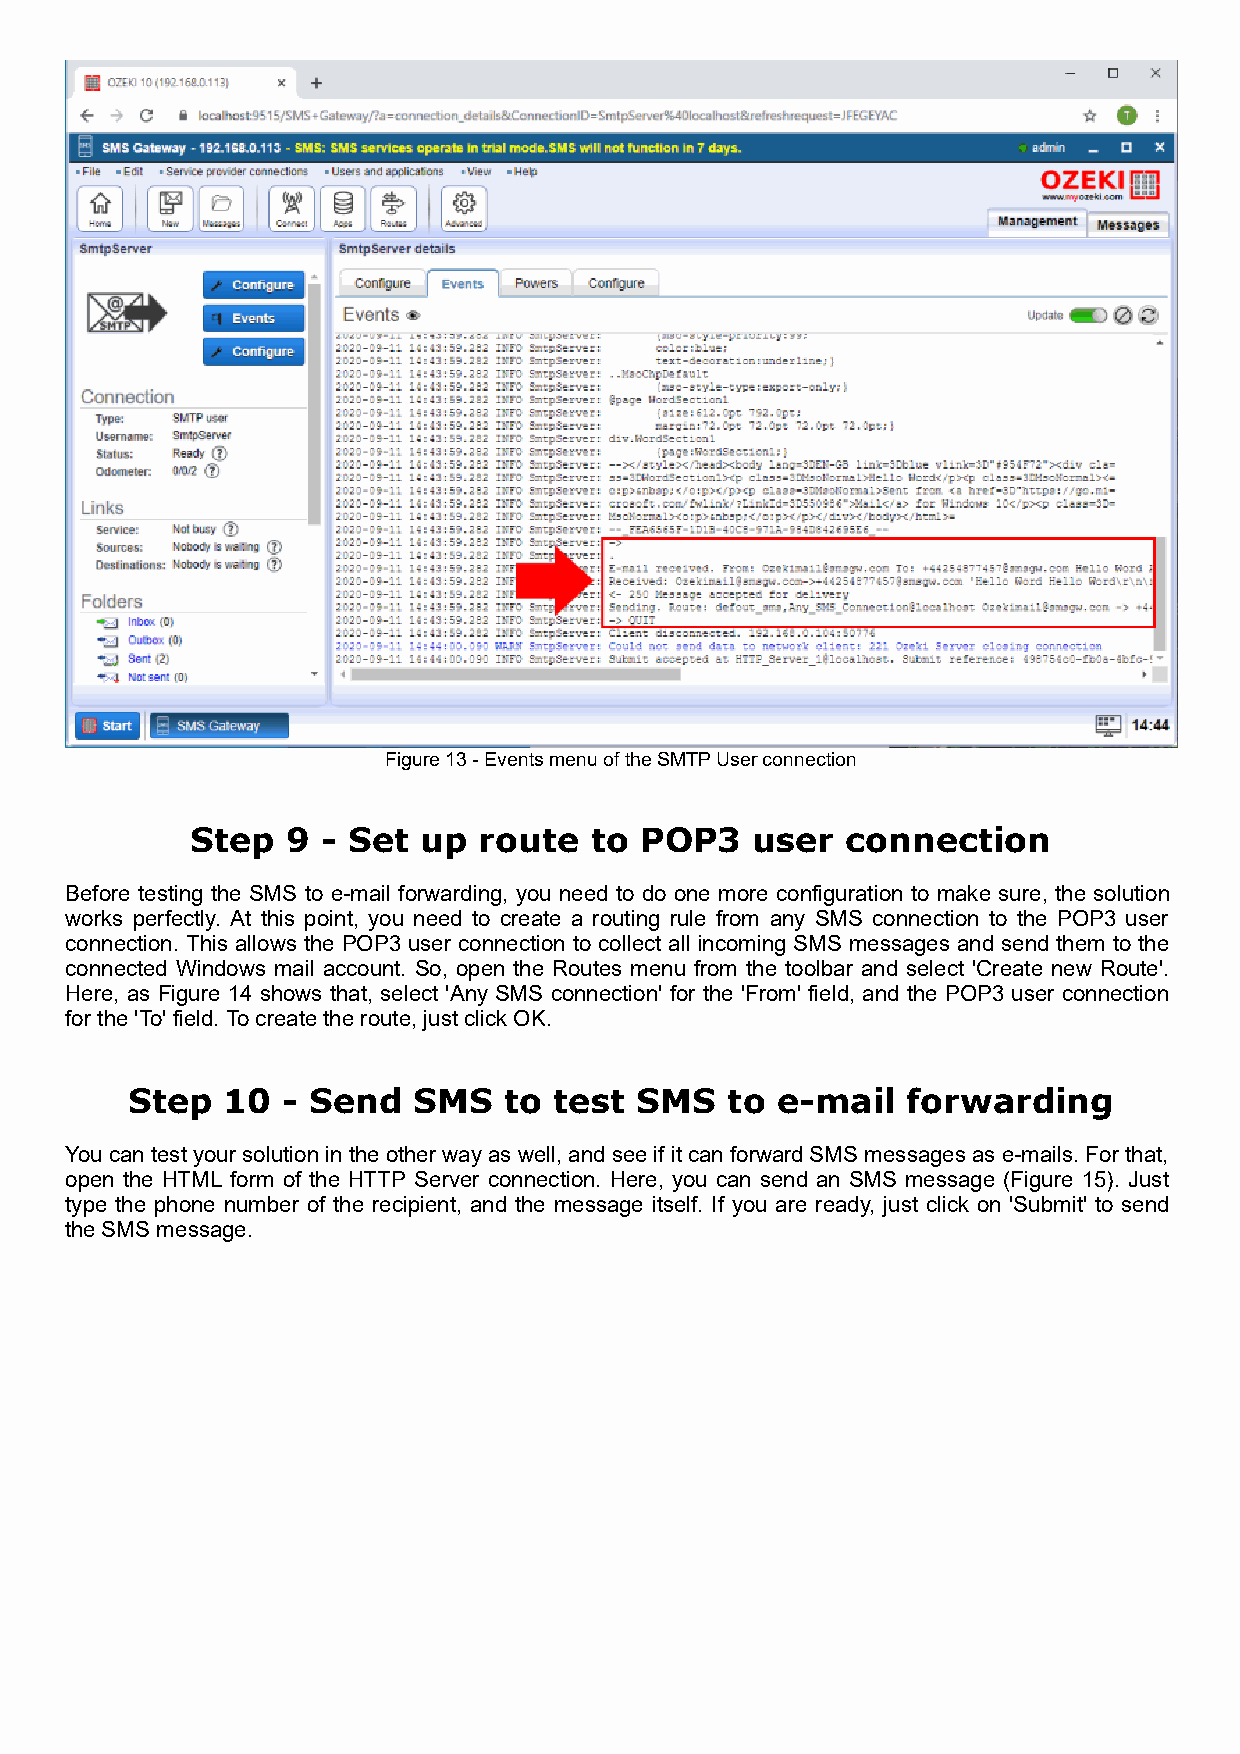
Figure 13 - Events menu of the SMTP User connection
 Step  9 - Set  up  route  to POP3    user  connection
 Before testing the SMS to e-mail forwarding, you need to do one more configuration to make sure, the solution
 works perfectly. At this point, you need to create a routing rule from any SMS connection to the POP3 user
 connection. This allows the POP3 user connection to collect all incoming SMS messages and send them to the
 connected Windows mail account. So, open the Routes menu from the toolbar and select 'Create new Route'.
 Here, as Figure 14 shows that, select 'Any SMS connection' for the 'From' field, and the POP3 user connection
 for the 'To' field. To create the route, just click OK.
 Step   10  - Send  SMS   to  test SMS   to e-mail   forwarding
 You can test your solution in the other way as well, and see if it can forward SMS messages as e-mails. For that,
 open the HTML form of the HTTP Server connection. Here, you can send an SMS message (Figure 15). Just
 type the phone number of the recipient, and the message itself. If you are ready, just click on 'Submit' to send
 the SMS message.